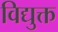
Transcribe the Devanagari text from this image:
विद्युक्त